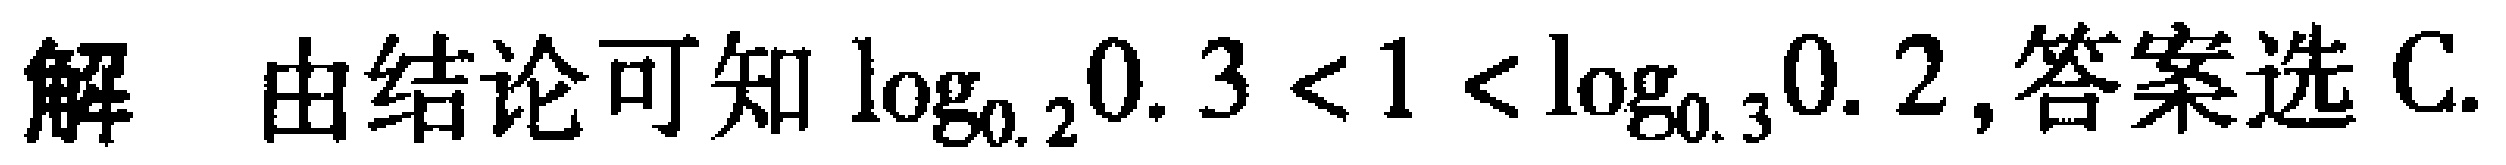
解 由结论可知\(\log_{0.2}0.3 < 1 < \log_{0.3}0.2\),答案选C.